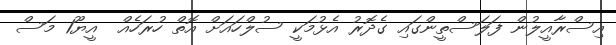
އިސްރާއީލުން ފަލަސްތީންގައި ގެދޮރު އެޅުމަކީ ސުލްހައަށް އޮތް ހުރަހެއް  އީޔޫ1 މަސް